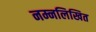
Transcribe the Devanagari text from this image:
नम्नलिखित